Burma Government Medical School reports 1907-22
Year: 1907
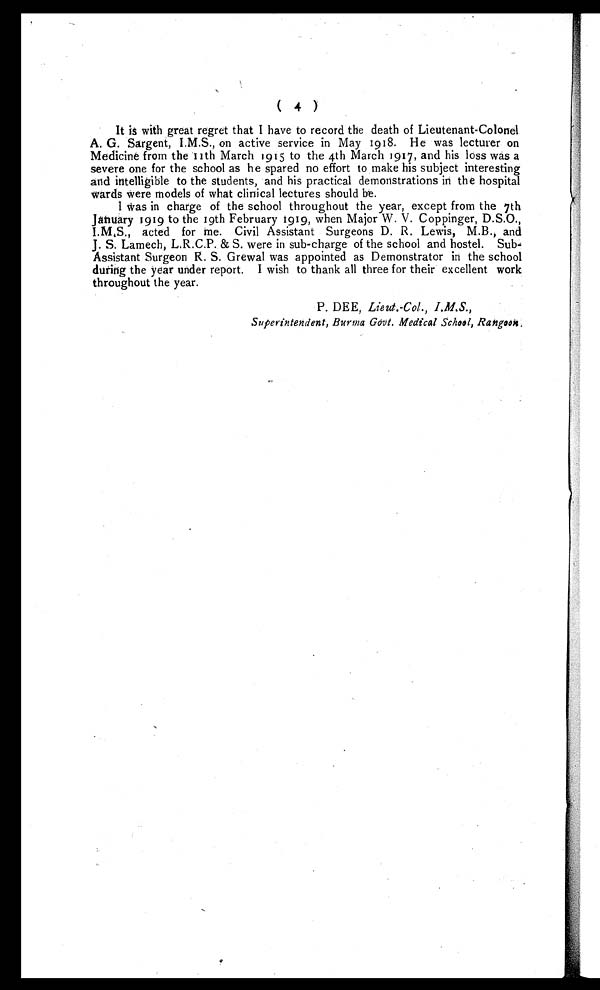
( 4 )
It is with great regret that I have to record the death of Lieutenant-Colonel
A. G. Sargent, I.M.S., on active service in May 1918. He was lecturer on
Medicine from the 11th March 1915 to the 4th March 1917, and his loss was a
severe one for the school as he spared no effort to make his subject interesting
and intelligible to the students, and his practical demonstrations in the hospital
wards were models of what clinical lectures should be.
I was in charge of the school throughout the year, except from the 7th
January 1919 to the 19th February 1919, when Major W. V. Coppinger, D.S.O.,
I.M,S., acted for me. Civil Assistant Surgeons D. R. Lewis, M.B., and
J. S. Lamech, L.R.C.P. & S. were in sub-charge of the school and hostel. Sub
-Assistant Surgeon R. S. Grewal was appointed as Demonstrator in the school
during the year under report. I wish to thank all three for their excellent work
throughout the year.
P. DEE, Lieut.-Col., I.M.S.,
Superintendent, Burma Govt. Medical School, Rangoon,